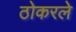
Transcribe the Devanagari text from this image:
ठोकरले